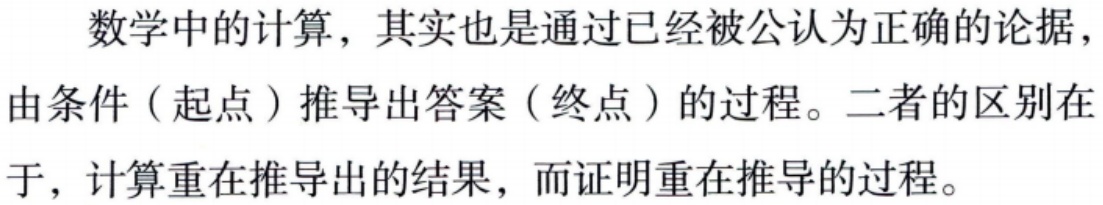
数学中的计算，其实也是通过已经被公认为正确的论据，由条件（起点）推导出答案（终点）的过程。二者的区别在于，计算重在推导出的结果，而证明重在推导的过程。